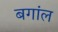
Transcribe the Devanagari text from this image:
बगांल